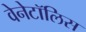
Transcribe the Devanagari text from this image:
वेनेटॉलिस